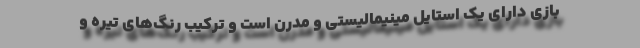
بازی دارای یک استایل مینیمالیستی و مدرن است و ترکیب رنگ‌های تیره و